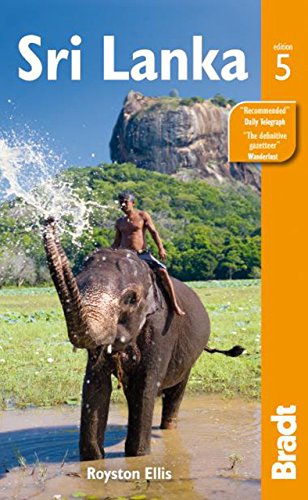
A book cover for Sri Lanka (Bradt Travel Guide); Royston Ellis; Travel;